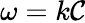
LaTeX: \omega=k\mathcal{C}